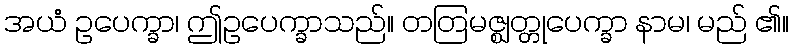
အယံ ဥပေက္ခာ၊ ဤဥပေက္ခာသည်။ တတြမဇ္ဈတ္တုပေက္ခာ နာမ၊ မည် ၏။